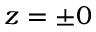
z = \pm 0